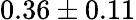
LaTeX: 0.36\pm 0.11